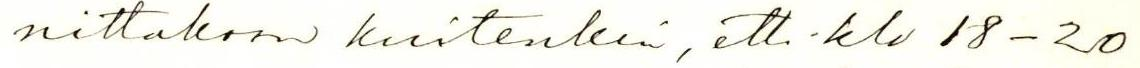
nittakoon kuitenkin, että klo 18-20